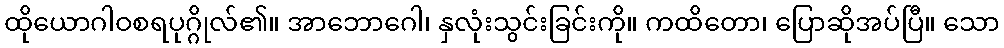
ထိုယောဂါဝစရပုဂ္ဂိုလ်၏။ အာဘောဂေါ၊ နှလုံးသွင်းခြင်းကို။ ကထိတော၊ ပြောဆိုအပ်ပြီ။ သော